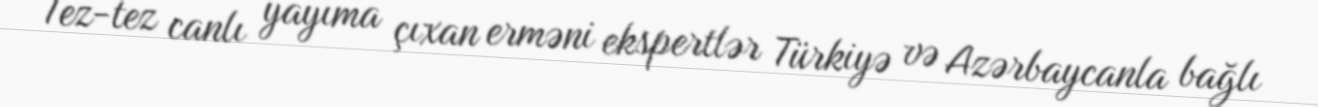
Tez-tez canlı yayıma çıxan erməni ekspertlər Türkiyə və Azərbaycanla bağlı